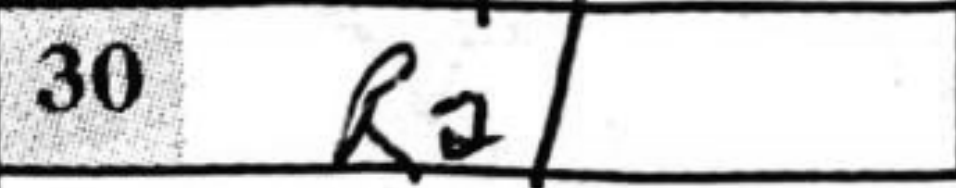
Transcription: Ra1